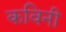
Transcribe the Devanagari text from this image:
कविनी